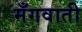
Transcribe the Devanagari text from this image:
मँगवाती